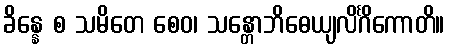
ခိန္နေ စ သမိတေ စေဝ၊ သန္တောဘိဓေယျလိင်္ဂိကောတိ။